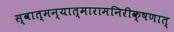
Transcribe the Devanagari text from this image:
स्वात्मन्यात्मारामनिरीक्षणात्